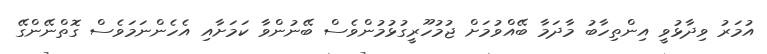
އުމަރު ވިދާޅުވީ އިންތިހާބު މާދަމާ ބޭއްވުމަށް ޖުމުހޫރީގުޅުމުންވެސް ބޭނުންވާ ކަމަށާއި އެހެންނަމަވެސް ގޮތްނޭންގޭ